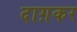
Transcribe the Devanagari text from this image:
दाग़कर